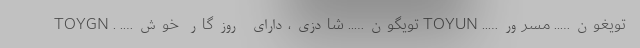
تویغون….. مسرور….. TOYUN تویگون….. شادزی،دارای روزگار خوش…. . TOYGN